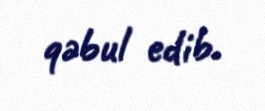
qəbul edib.